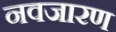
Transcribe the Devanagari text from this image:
नवजारण